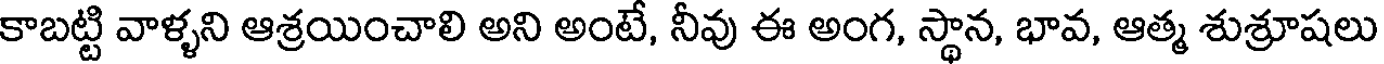
కాబట్టి వాళ్ళని ఆశ్రయించాలి అని అంటే, నీవు ఈ అంగ, స్థాన, భావ, ఆత్మ శుశ్రూషలు